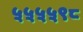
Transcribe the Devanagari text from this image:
५५५५९८